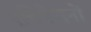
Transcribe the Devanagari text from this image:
एनिमेशनों